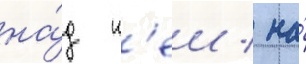
на́д н'еи / на́